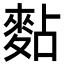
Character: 䴴